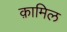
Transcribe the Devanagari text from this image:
क़ामिल